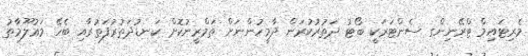
މެރިޓައިމް ޓްރޭނިންގ ސެންޓަރަކީ ބޯޓު ދަތުރުކުރަން ދާމީހުންނަށް ތަމްރީނުކޮށް ކަނޑުދަތުރުފަތުރާއި ބެހޭ މަޢުލޫމާތު